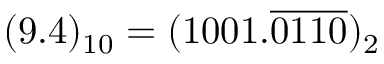
( 9 . 4 ) _ { 1 0 } = ( 1 0 0 1 . { \overline { { 0 1 1 0 } } } ) _ { 2 }